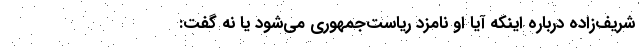
شریف‌زاده درباره اینکه آیا او نامزد ریاست‌جمهوری می‌شود یا نه گفت: